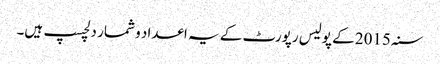
سنہ 2015 کے پولیس رپورٹ کے یہ اعداد و شمار دلچسپ ہیں۔